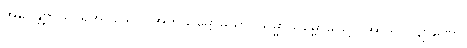
အဓိဂန္တဗ္ဗာယ၊ ရအပ်သော။ အဘိသမ္ဗောဓိယာ၊ သမ္မာသမ္ဗောဓိဖြင့်။ အာဒိကလျာဏော၊